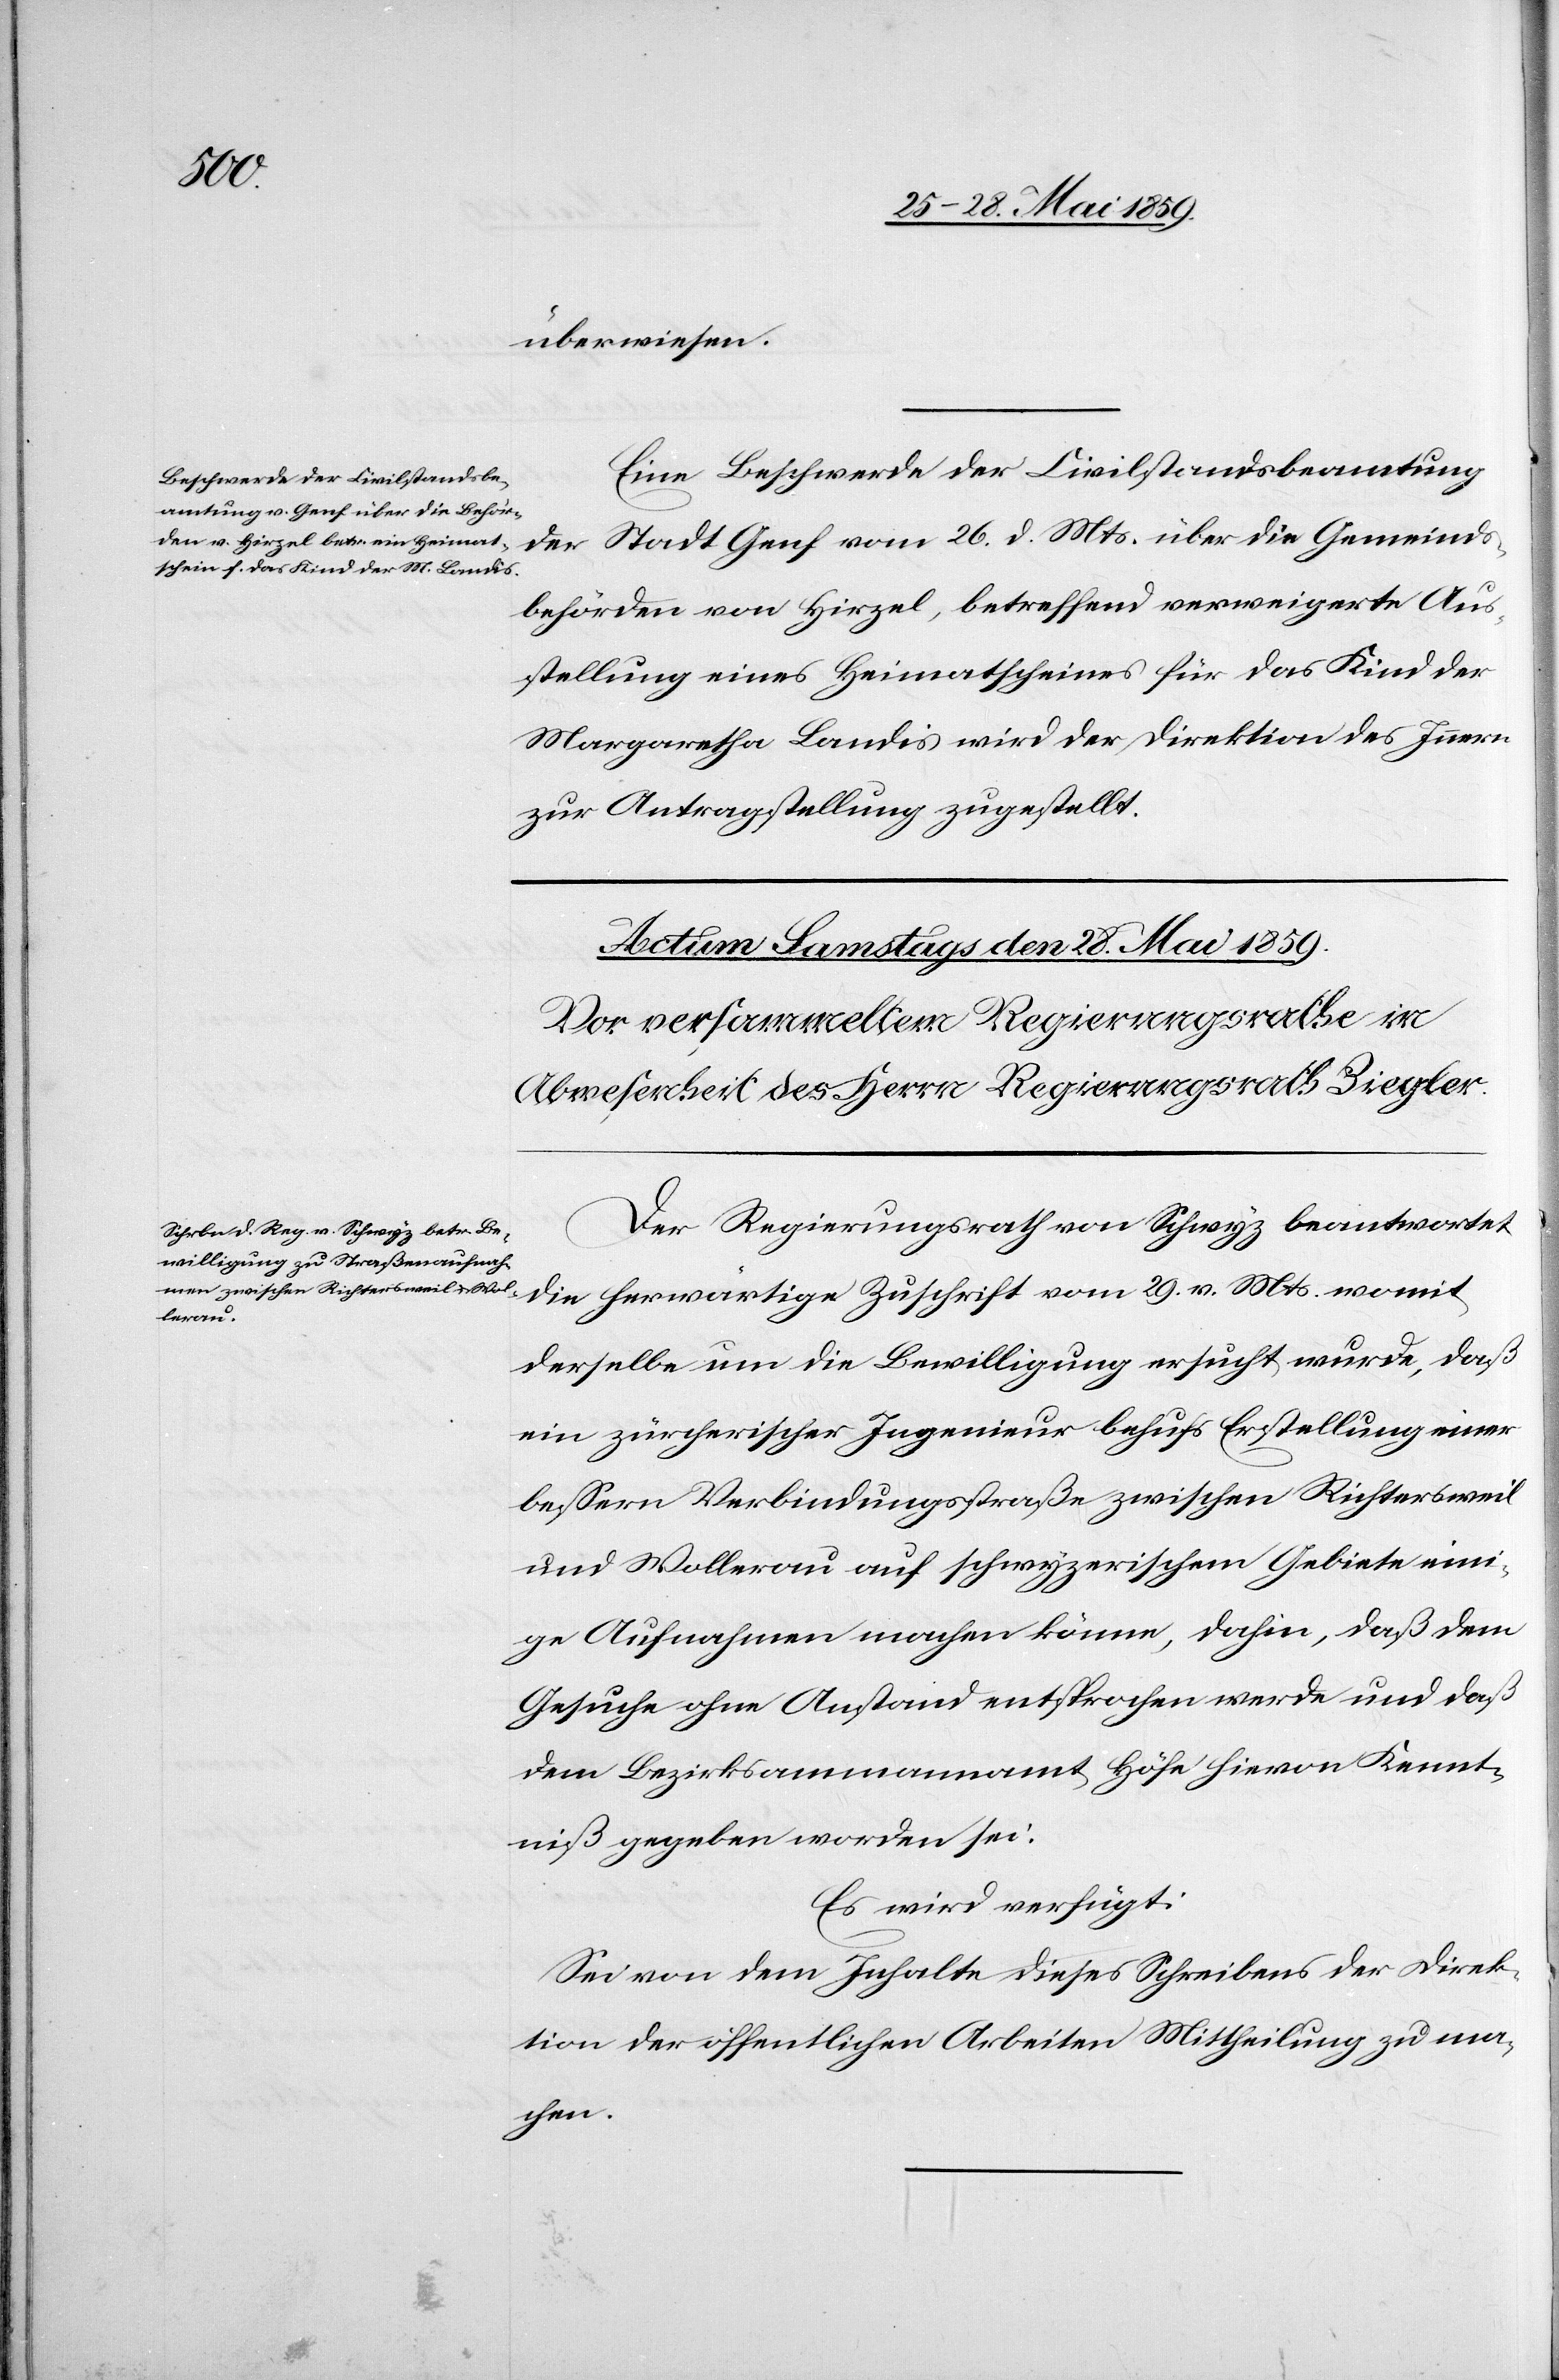
die
überwiesen.
Eine Beschwerde der Civillstandsbeamtung
behörden von Hirzel, betreffend verweigerte Aus¬
stellung eines Heimatscheines für das Kind der
Margaretha Landis wird der Direktion des Innern
zur Antragstellung zugestellt.
Der Regierungsrath von Schwyz beantwortet
die herwärtige Zuschrift vom 29. v. Mts. womit
Gemeinds¬
derselbe um die Bewilligung ersucht wurde, daß
ein zürcherischer Ingenieur behufs Erstellung einer
bessern Verbindungsstraße zwischen Richtersweil
und Wollerau auf schwyzerischem Gebiete eini¬
ge Aufnahmen machen könne, dahin, daß dem
Gesuche ohne Anstand entsprochen werde und daß
dem Bezirksammannamt Höfe hievon Kennt¬
niß gegeben worden sei.
Es wird verfügt:
Sei von dem Inhalte dieses Schreibens der Direk¬
tion der öffentlichen Arbeiten Mittheilung zu ma¬
chen.